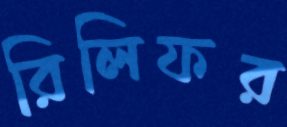
রিলিফর